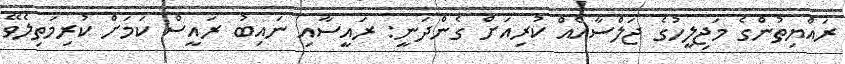
ރައްޔިތުންގެ މަޖިލީހުގެ ޖަލްސާއެއް ކުރިއަށް ގެންދަނީ: ރައީސާއި ނައިބު ރައީސް ކަމަށް ކުރިމަތިލެވޭ